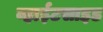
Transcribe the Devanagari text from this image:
व्हाईटसाइड